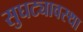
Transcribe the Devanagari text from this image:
सुघट्यावस्था